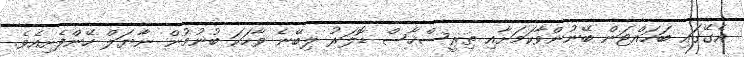
އެގޭގައި ބަހައްޓަން ބޭނުންވާކަމަށާއި ތިރީސްހާސް ޑޮލަރު ލިބޭނެ ވާހަކަ ބުނުމުން ނާޔަލް ހޭންފެށިއެވެ.